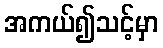
အကယ်၍သင့်မှာ